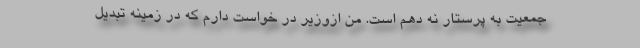
جمعیت به پرستار نه دهم است. من ازوزیر در خواست دارم که در زمینه تبدیل